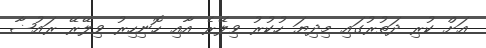
އަށް ކުރި ދަތުރުގައި މިދިޔަ ހުކުރު ވިލޭރެ އާއި ހޮނިހިރު ވިލޭރޭ ރައުޟާ